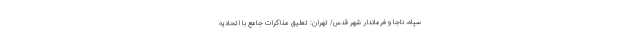
سپاه، ناجا و فرماندار شهر قدس/ تهران: تعلیق مذاکرات جامع با اتحادیه